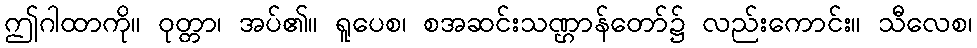
ဤဂါထာကို။ ဝုတ္တာ၊ အပ်၏။ ရူပေစ၊ စအဆင်းသဏ္ဌာန်တော်၌ လည်းကောင်း။ သီလေစ၊